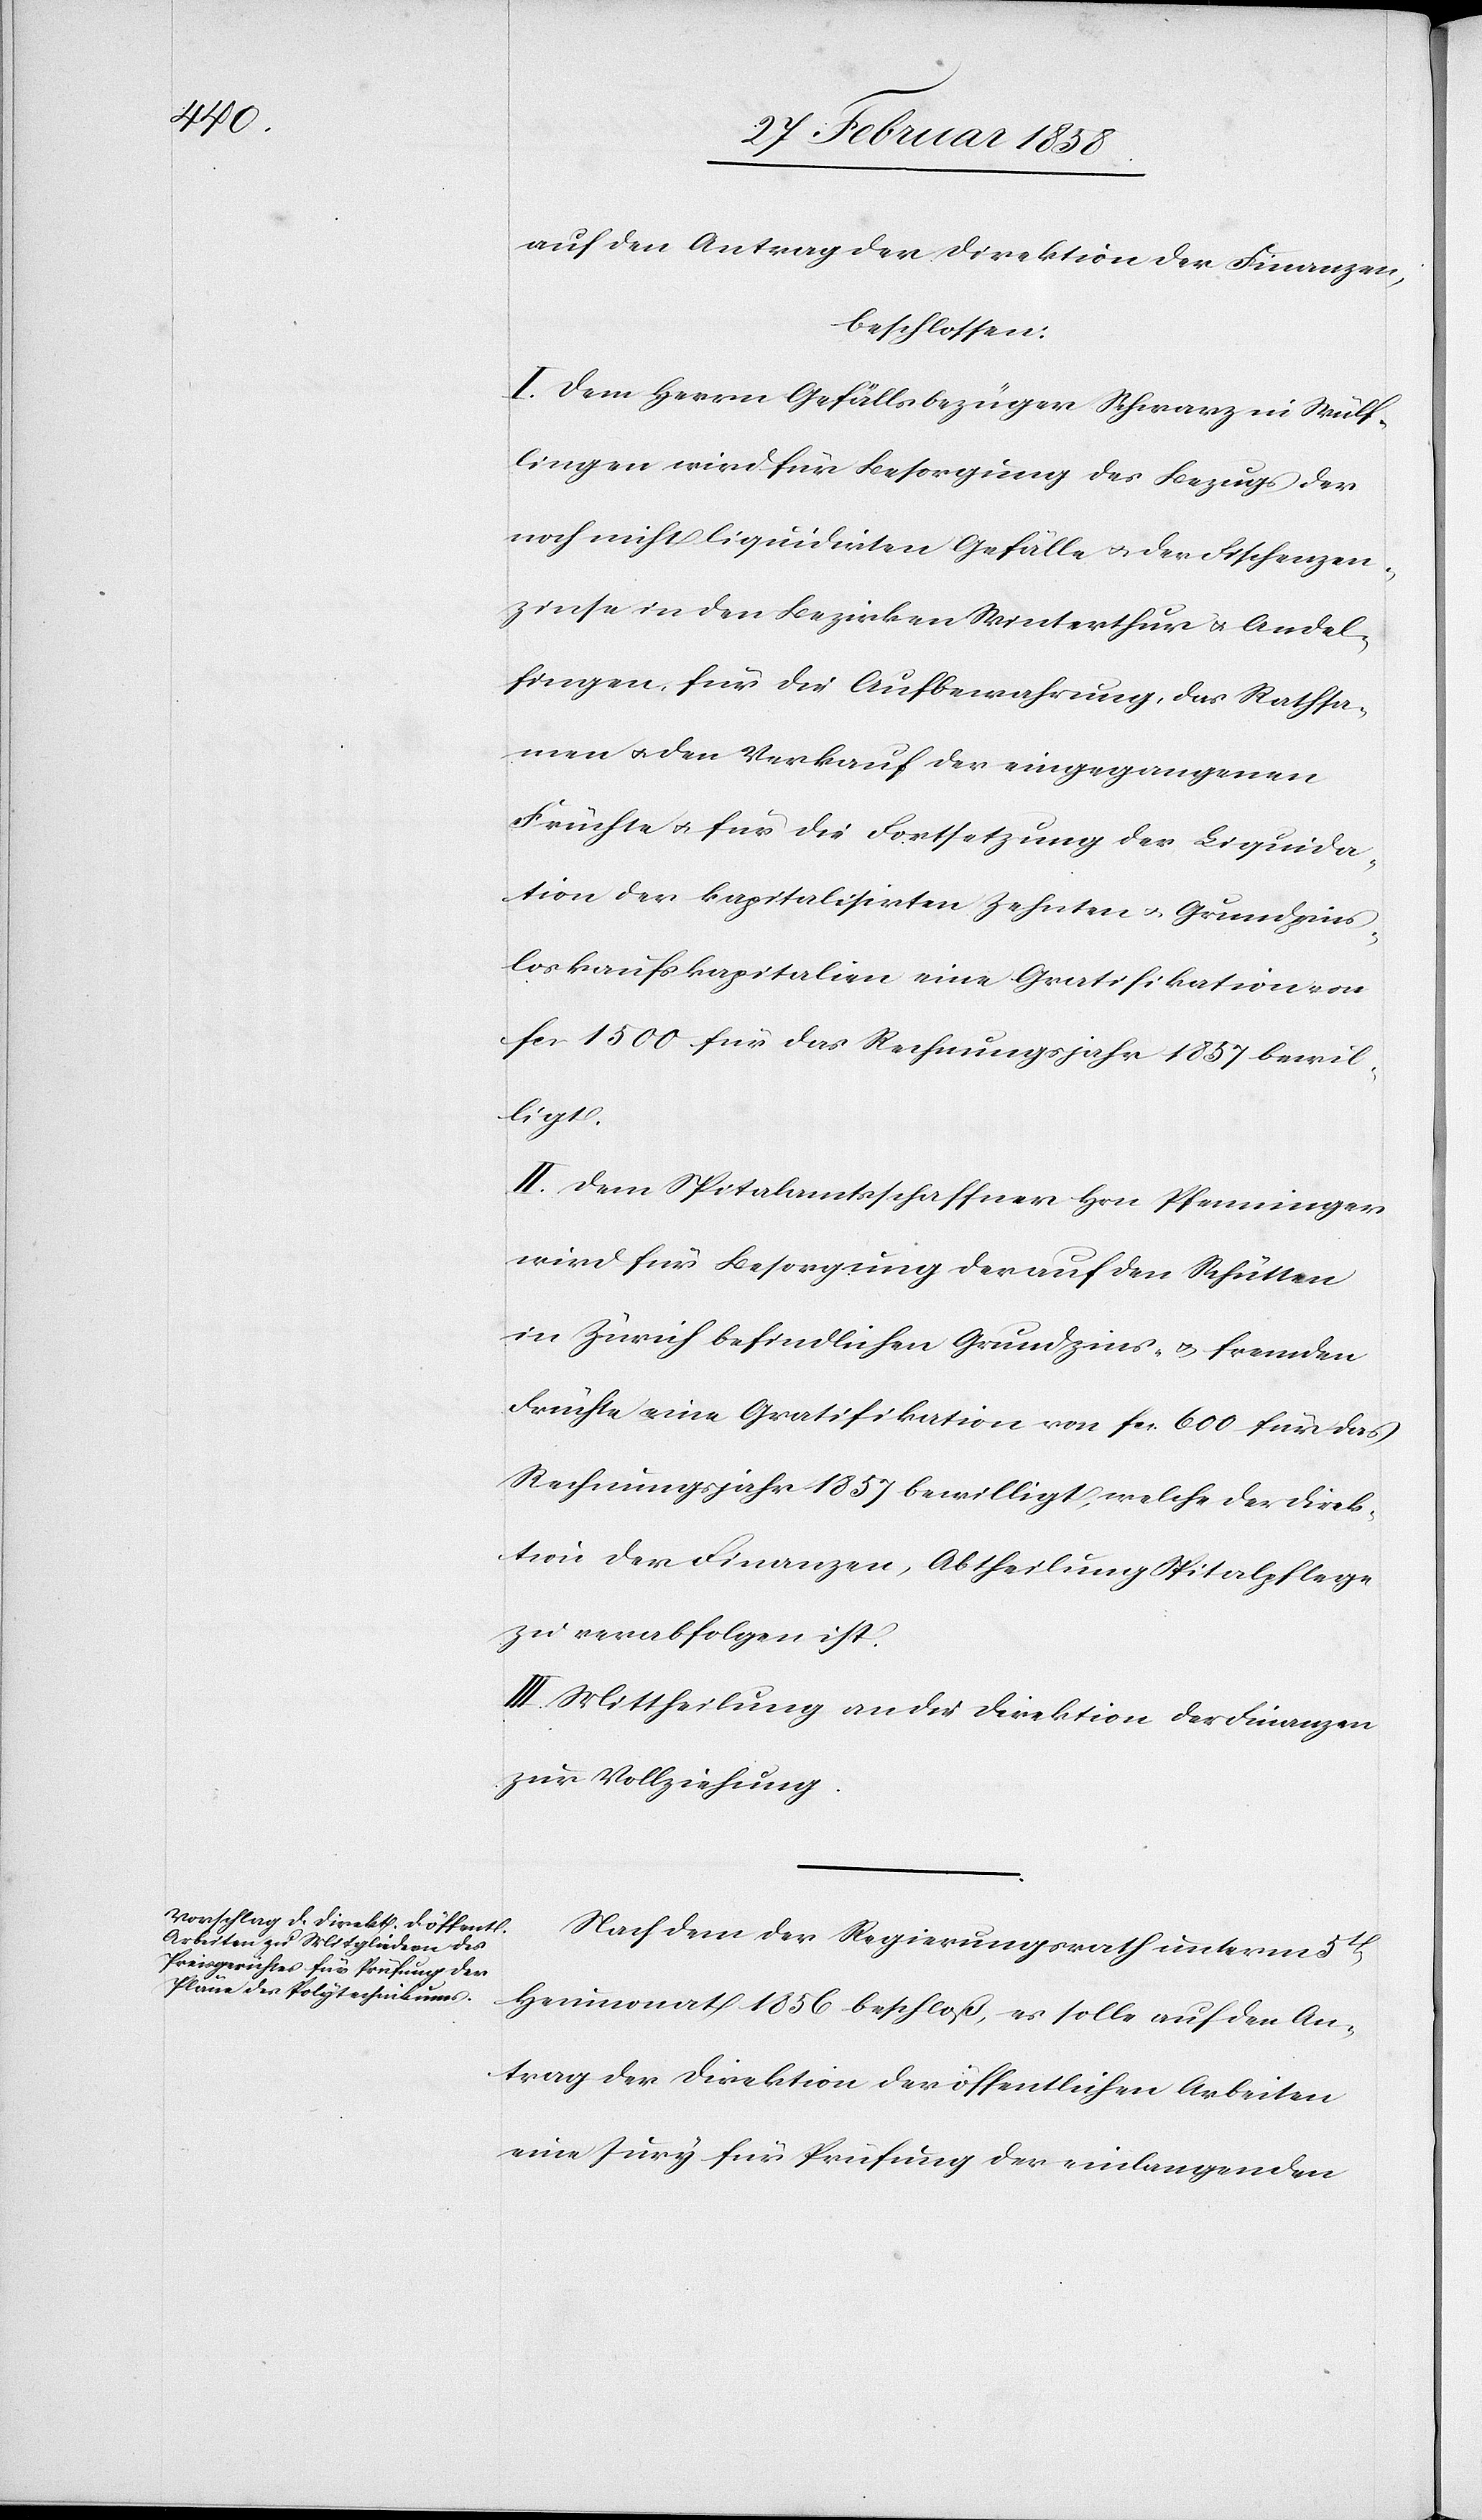
auf den Antrag der Direktion der Finanzen,
beschlossen:
I. Dem Herrn Gefällsbezüger Schwarz in Wülf¬
lingen wird für Besorgung des Bezugs der
noch nicht liquidirten Gefälle u. der Fischenzen¬
zinse in den Bezirken Winterthur u. Andel¬
fingen, für die Aufbewahrung, das Rathsa¬
men u. den Verkauf der eingegangenen
Früchte u. für die Fortsetzung der Liquida¬
tion der kapitalisirten Zehnten u. Grundzins¬
loskaufskapitalien eine Gratifikation von
fcs. 1500. für das Rechnungsjahr 1857 bewil¬
ligt.
II. Dem Spitalamtsschaffner Hrn. Pfenninger
wird für Besorgung der auf den Schütten
in Zürich befindlichen Grundzins- u. fremden
Früchte eine Gratifikation von fcs. 600 für das
Rechnungsjahr 1857 bewilligt, welche der Direk¬
tion der Finanzen, Abtheilung Spitalpflege
zu verabfolgen ist.
III. Mittheilung an die Direktion der Finanzen
zur Vollziehung.
Nachdem der Regierungsrath unterm 5t
Heumonat 1856 beschloß, es solle auf den An¬
trag der Direktion der öffentlichen Arbeiten
eine Jury für Prüfung der einlangenden